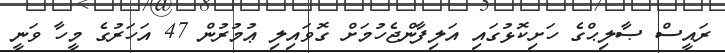
ރައީސް ޞާލިޙްގެ ހަށިކޮޅުގައި އަލިފާންޖެހުމަށް ގޮވައިލި ޢުމުރުން 47 އަހަރުގެ މީހާ ވަނީ